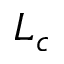
L _ { c }